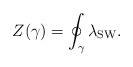
LaTeX: \begin{align*}Z(\gamma) = \oint_\gamma \lambda_{\rm SW} .\end{align*}